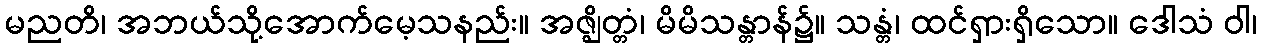
မညတိ၊ အဘယ်သို့အောက်မေ့သနည်း။ အဇ္ဈိတ္တံ၊ မိမိသန္တာန်၌။ သန္တံ၊ ထင်ရှားရှိသော။ ဒေါသံ ဝါ၊